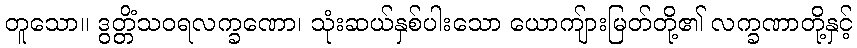
တူသော။ ဒွတ္တိံသဝရလက္ခဏော၊ သုံးဆယ်နှစ်ပါးသော ယောကျ်ားမြတ်တို့၏ လက္ခဏာတို့နှင့်